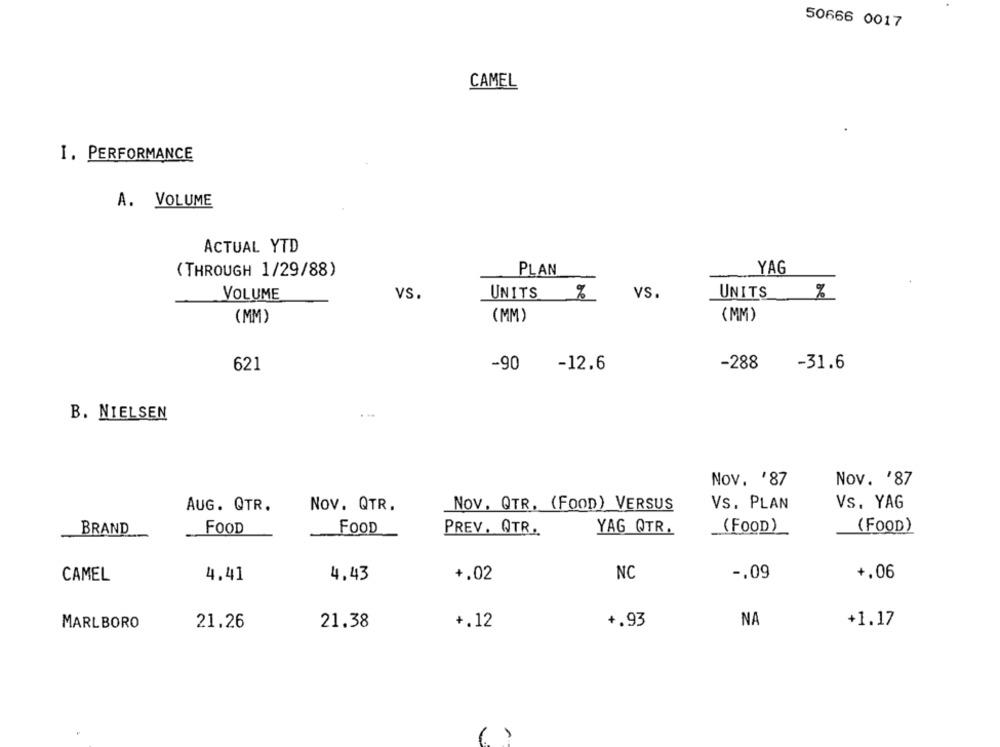
50666 0017
CAMEL
I. PERFORMANCE
A. VOLUME
ACTUAL YTD
(THROUGH 1/29/88)
PLAN
YAG
VOLUME
VS.
UNITS %
VS.
UNITS
%
(MM)
(MM)
(MM)
621
-90
-12.6
-288
-31.6
B. NIELSEN
Nov. '87
Nov. '87
AUG. QTR.
Nov. QTR.
NOV, QTR. (FOOD) VERSUS
Vs. PLAN
Vs. YAG
BRAND
FOOD
FOOD
PREV, QTR.
YAG QTR.
(FOOD)
(FOOD)
NC
-. 09
+.06
CAMEL
4.41
4,43
+.02
NA
MARLBORO
21.26
21.38
+.12
+.93
+1.17
6